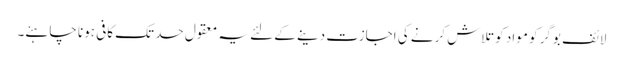
لائف بوگر کو مواد کو تلاش کرنے کی اجازت دینے کے لئے یہ معقول حد تک کافی ہونا چاہئے۔